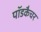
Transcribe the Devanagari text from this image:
पॉडकैचर